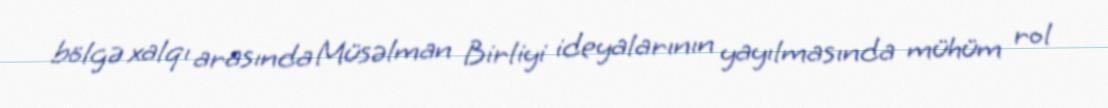
bölgə xalqı arasında Müsəlman Birliyi ideyalarının yayılmasında mühüm rol